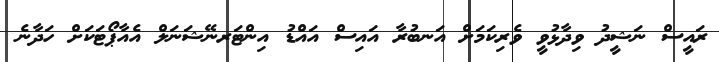
ރައީސް ނަޝީދު ވިދާޅުވީ ވެރިކަމަށް އަނބުރާ އައިސް އައްޑު އިންޓަރނޭޝަނަލް އެއާޕޯޓަކަށް ހަދާނެ